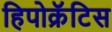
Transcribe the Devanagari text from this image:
हिपोक्रॅटिस